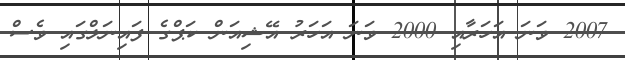
2007 ވަނަ އަހަރާއި 2000 ވަނަ އަހަރު އޭޝިއަން ކަޕްގެ ފައިނަލްގައި ވެސް